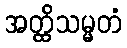
အတ္ထိသမ္မတံ